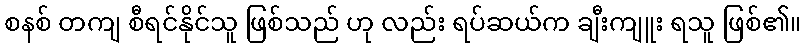
စနစ် တကျ စီရင်နိုင်သူ ဖြစ်သည် ဟု လည်း ရပ်ဆယ်က ချီးကျူး ရသူ ဖြစ်၏။